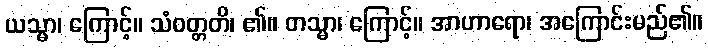
ယသ္မာ၊ ကြောင့်။ သံဝတ္တတိ၊ ၏။ တသ္မာ၊ ကြောင့်။ အာဟာရော၊ အကြောင်းမည်၏။